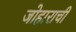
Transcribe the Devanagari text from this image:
जोहाराची